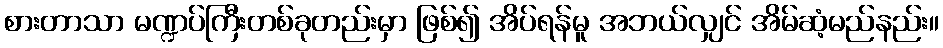
စားတာသာ မဏ္ဍပ်ကြီးတစ်ခုတည်းမှာ ဖြစ်၍ အိပ်ရန်မူ အဘယ်လျှင် အိမ်ဆံ့မည်နည်း။